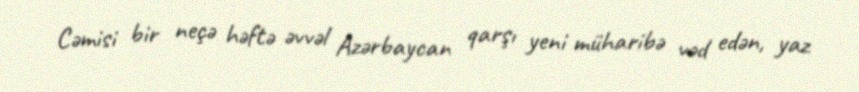
Cəmisi bir neçə həftə əvvəl Azərbaycan qarşı yeni müharibə vəd edən, yaz